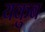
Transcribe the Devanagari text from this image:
यकुब